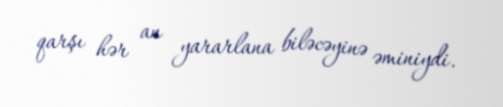
qarşı hər an yararlana biləcəyinə əminiydi.